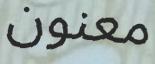
معنون